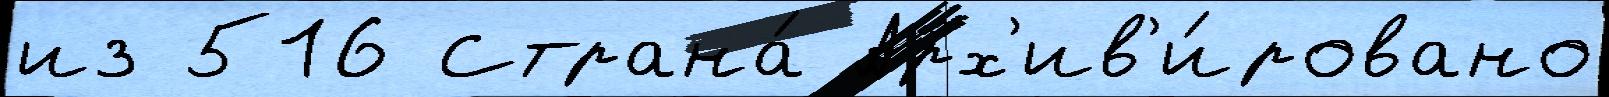
из 516 Страна́ Арх'ив'и́ровано